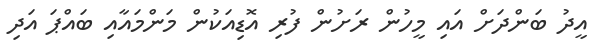
އީދު ބަންދަށް އައި މީހުން ރަށުން ފުރި އޮޑިއަކުން މަންމައާއި ބައްޕަ އަދި